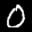
Label: 0